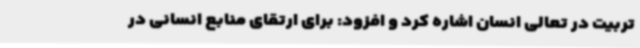
تربیت در تعالی انسان اشاره کرد و افزود: برای ارتقای منابع انسانی در